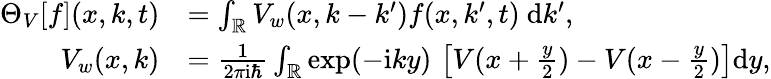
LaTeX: \begin{array}{rl}{\Theta_{V}[f](x,k,t)}&{=\int_{\mathbb{R}}V_{w}(x,k-{k^{\prime}})f(x,k^{\prime},t)~\mathrm{d}k^{\prime},}\\ {V_{w}(x,k)}&{=\frac{1}{2\pi\mathrm{i}\hbar}\int_{\mathbb{R}}\exp(-\mathrm{i}ky)\, \left[V(x+\frac{y}{2})-V(x-\frac{y}{2})\right]\mathrm{d}y,}\end{array}